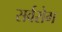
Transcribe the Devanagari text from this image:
सर्वरोग